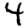
Digit: 4